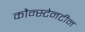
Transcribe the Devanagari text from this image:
कौन्स्टेनटीन